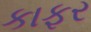
કાફર